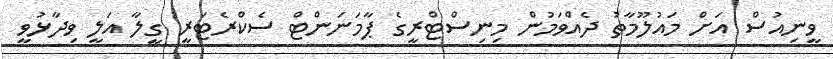
ވީނިއުސް އަށް މައުލޫމާތު ދެއްވަމުން މިނިސްޓްރީގެ ޕާމަނަންޓް ސެކްރެޓަރީ ގީލާ އަލީ ވިދާޅުވީ